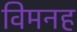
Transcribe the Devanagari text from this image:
विमनह